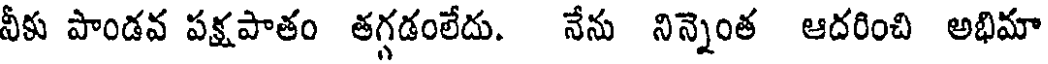
నీకు పాండవ పక్షపాతం తగ్గడంలేదు. నేను నిన్నెంత ఆదరించి అభిమా